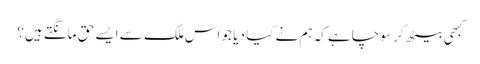
کبھی بیٹھ کر سوچا ہے کہ ہم نے کیا دیا جو اس ملک سے ایسے حق مانگتے ہیں؟